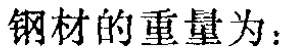
钢材的重量为：